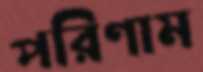
পরিণাম